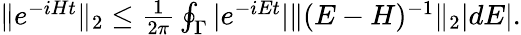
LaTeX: \begin{array}{r}{\| e^{-iHt}\| _{2}\le\frac{1}{2\pi}\oint_{\Gamma}|e^{-iEt}|\| (E-H)^{-1}\| _{2}|dE|.}\end{array}